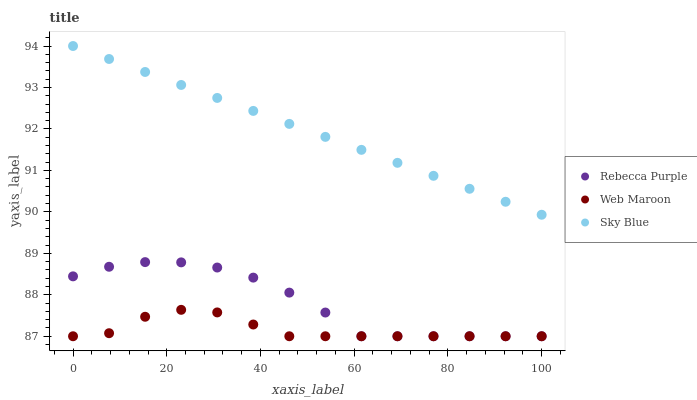
| xaxis_label | Rebecca Purple | Web Maroon | Sky Blue |
 | --- | --- | --- | --- |
 | 0 | 88.4 | 87 | 94 |
 | 7.69 | 88.7 | 87.1 | 93.7 |
 | 15.4 | 88.8 | 87.5 | 93.4 |
 | 23.1 | 88.8 | 87.6 | 93.1 |
 | 30.8 | 88.7 | 87.6 | 92.7 |
 | 38.5 | 88.4 | 87.3 | 92.4 |
 | 46.2 | 88.1 | 87 | 92.1 |
 | 53.8 | 87.6 | 87 | 91.8 |
 | 61.5 | 87 | 87 | 91.5 |
 | 69.2 | 87 | 87 | 91.2 |
 | 76.9 | 87 | 87 | 90.9 |
 | 84.6 | 87 | 87 | 90.6 |
 | 92.3 | 87 | 87 | 90.2 |
 | 100 | 87 | 87 | 89.9 |